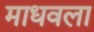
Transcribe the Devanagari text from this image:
माधवला